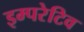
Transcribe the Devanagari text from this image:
इम्परेटिव